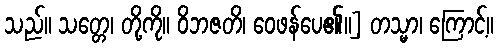
သည်။ သတ္တေ၊ တို့ကို။ ဝိဘဇတိ၊ ဝေဖန်ပေ၏။] တသ္မာ၊ ကြောင့်။